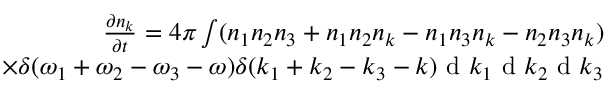
\begin{array} { r } { \frac { \partial n _ { k } } { \partial t } = 4 \pi \int ( n _ { 1 } n _ { 2 } n _ { 3 } + n _ { 1 } n _ { 2 } n _ { k } - n _ { 1 } n _ { 3 } n _ { k } - n _ { 2 } n _ { 3 } n _ { k } ) } \\ { \times \delta ( \omega _ { 1 } + \omega _ { 2 } - \omega _ { 3 } - \omega ) \delta ( k _ { 1 } + k _ { 2 } - k _ { 3 } - k ) \textnormal { d } k _ { 1 } \textnormal { d } k _ { 2 } \textnormal { d } k _ { 3 } } \end{array}